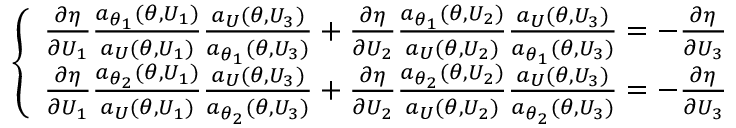
\left\{ \begin{array} { l l } { \frac { \partial \eta } { \partial U _ { 1 } } \frac { a _ { \theta _ { 1 } } ( \theta , U _ { 1 } ) } { a _ { U } ( \theta , U _ { 1 } ) } \frac { a _ { U } ( \theta , U _ { 3 } ) } { a _ { \theta _ { 1 } } ( \theta , U _ { 3 } ) } + \frac { \partial \eta } { \partial U _ { 2 } } \frac { a _ { \theta _ { 1 } } ( \theta , U _ { 2 } ) } { a _ { U } ( \theta , U _ { 2 } ) } \frac { a _ { U } ( \theta , U _ { 3 } ) } { a _ { \theta _ { 1 } } ( \theta , U _ { 3 } ) } = - \frac { \partial \eta } { \partial U _ { 3 } } } \\ { \frac { \partial \eta } { \partial U _ { 1 } } \frac { a _ { \theta _ { 2 } } ( \theta , U _ { 1 } ) } { a _ { U } ( \theta , U _ { 1 } ) } \frac { a _ { U } ( \theta , U _ { 3 } ) } { a _ { \theta _ { 2 } } ( \theta , U _ { 3 } ) } + \frac { \partial \eta } { \partial U _ { 2 } } \frac { a _ { \theta _ { 2 } } ( \theta , U _ { 2 } ) } { a _ { U } ( \theta , U _ { 2 } ) } \frac { a _ { U } ( \theta , U _ { 3 } ) } { a _ { \theta _ { 2 } } ( \theta , U _ { 3 } ) } = - \frac { \partial \eta } { \partial U _ { 3 } } } \end{array} \right.